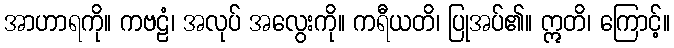
အာဟာရကို။ ကဗဠံ၊ အလုပ် အလွေးကို။ ကရီယတိ၊ ပြုအပ်၏။ ဣတိ၊ ကြောင့်။